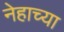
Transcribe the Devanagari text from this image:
नेहाच्या